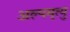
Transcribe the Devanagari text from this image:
अल्पमृत्यु